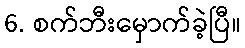
6. စက်ဘီးမှောက်ခဲ့ပြီ။